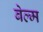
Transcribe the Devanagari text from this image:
बेल्म